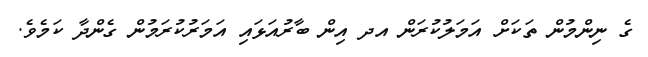
ގެ ނިންމުން ތަކަށް އަމަލުކުރަން އދ އިން ބާރުއަޅައި އަމަރުކުރަމުން ގެންދާ ކަމެވެ.